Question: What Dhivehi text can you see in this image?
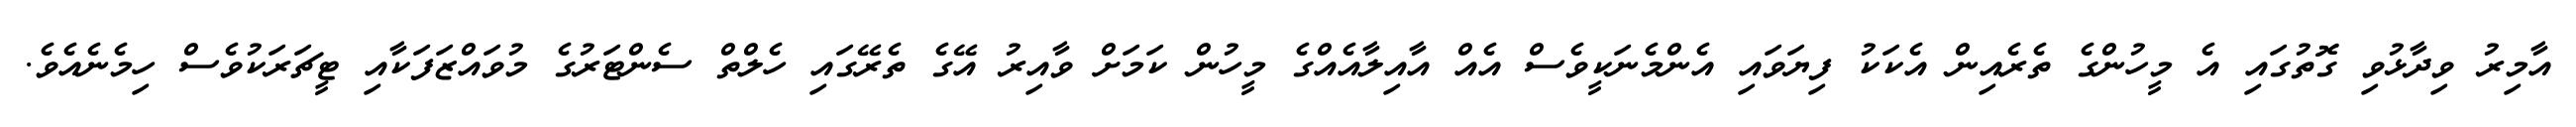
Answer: އާމިރު ވިދާޅުވި ގޮތުގައި އެ މީހުންގެ ތެރެއިން އެކަކު ފިޔަވައި އެންމެނަކީވެސް އެއް އާއިލާއެއްގެ މީހުން ކަމަށް ވާއިރު އޭގެ ތެރޭގައި ހެލްތް ސެންޓަރުގެ މުވައްޒަފަކާއި ޓީޗަރަކުވެސް ހިމެނެއެވެ.